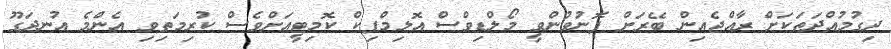
ދިގުމުއްދަތަކަށް ރާއްޖެއިން ބޭރަށް ފޮނުވުންވީ މޯލްޑިވްސް އޮލިމްޕިކް ކޮމިޓީއަށްވެސް ކުރިމަތިވި އެންމެ އުނދަގޫ